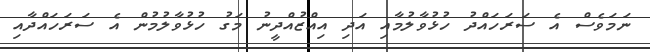
ނަމަވެސް އެ ސަރަހައްދު ހުޅުވާލުމާއި އަދި އިއްޒުއްދީނު މަގު ހުޅުވާލުމުން އެ ސަރަހައްދާއި